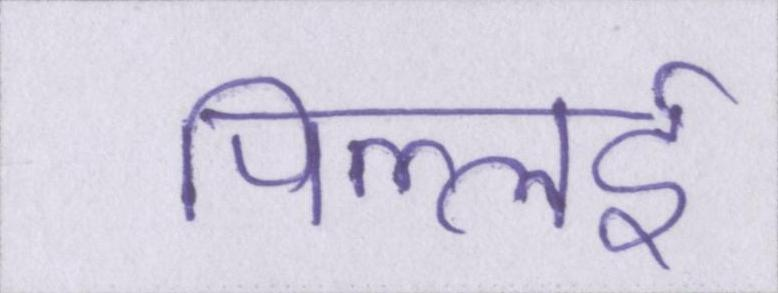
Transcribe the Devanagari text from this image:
पिल्लई